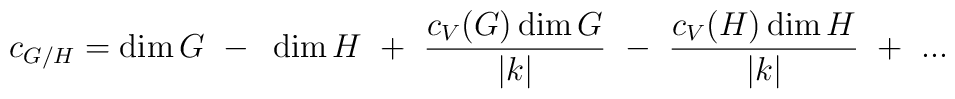
c_{G/H}=\dim G~-~\dim H~+~{c_V(G)\dim G\over|k|}~-~{c_V(H)\dim H\over|k|}~+~...